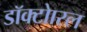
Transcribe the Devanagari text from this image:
डॉक्टोारल